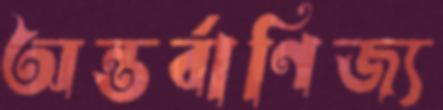
অন্তর্বাণিজ্য